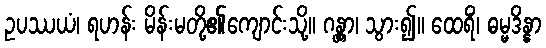
ဥပဿယံ၊ ရဟန်း မိန်းမတို့၏ကျောင်းသို့။ ဂန္တွာ၊ သွား၍။ ထေရိံ၊ ဓမ္မဒိန္နာ